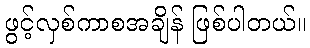
ဖွင့်လှစ်ကာစအချိန် ဖြစ်ပါတယ်။